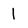
Character: l